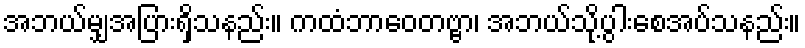
အဘယ်မျှအပြားရှိသနည်း။ ကထံဘာဝေတဗ္ဗာ၊ အဘယ်သို့ပွါးစေအပ်သနည်း။